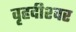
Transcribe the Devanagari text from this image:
वृहदीश्‍वर